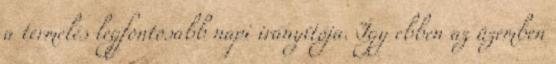
a termelés legfontosabb napi irányítója. Így ebben az üzemben